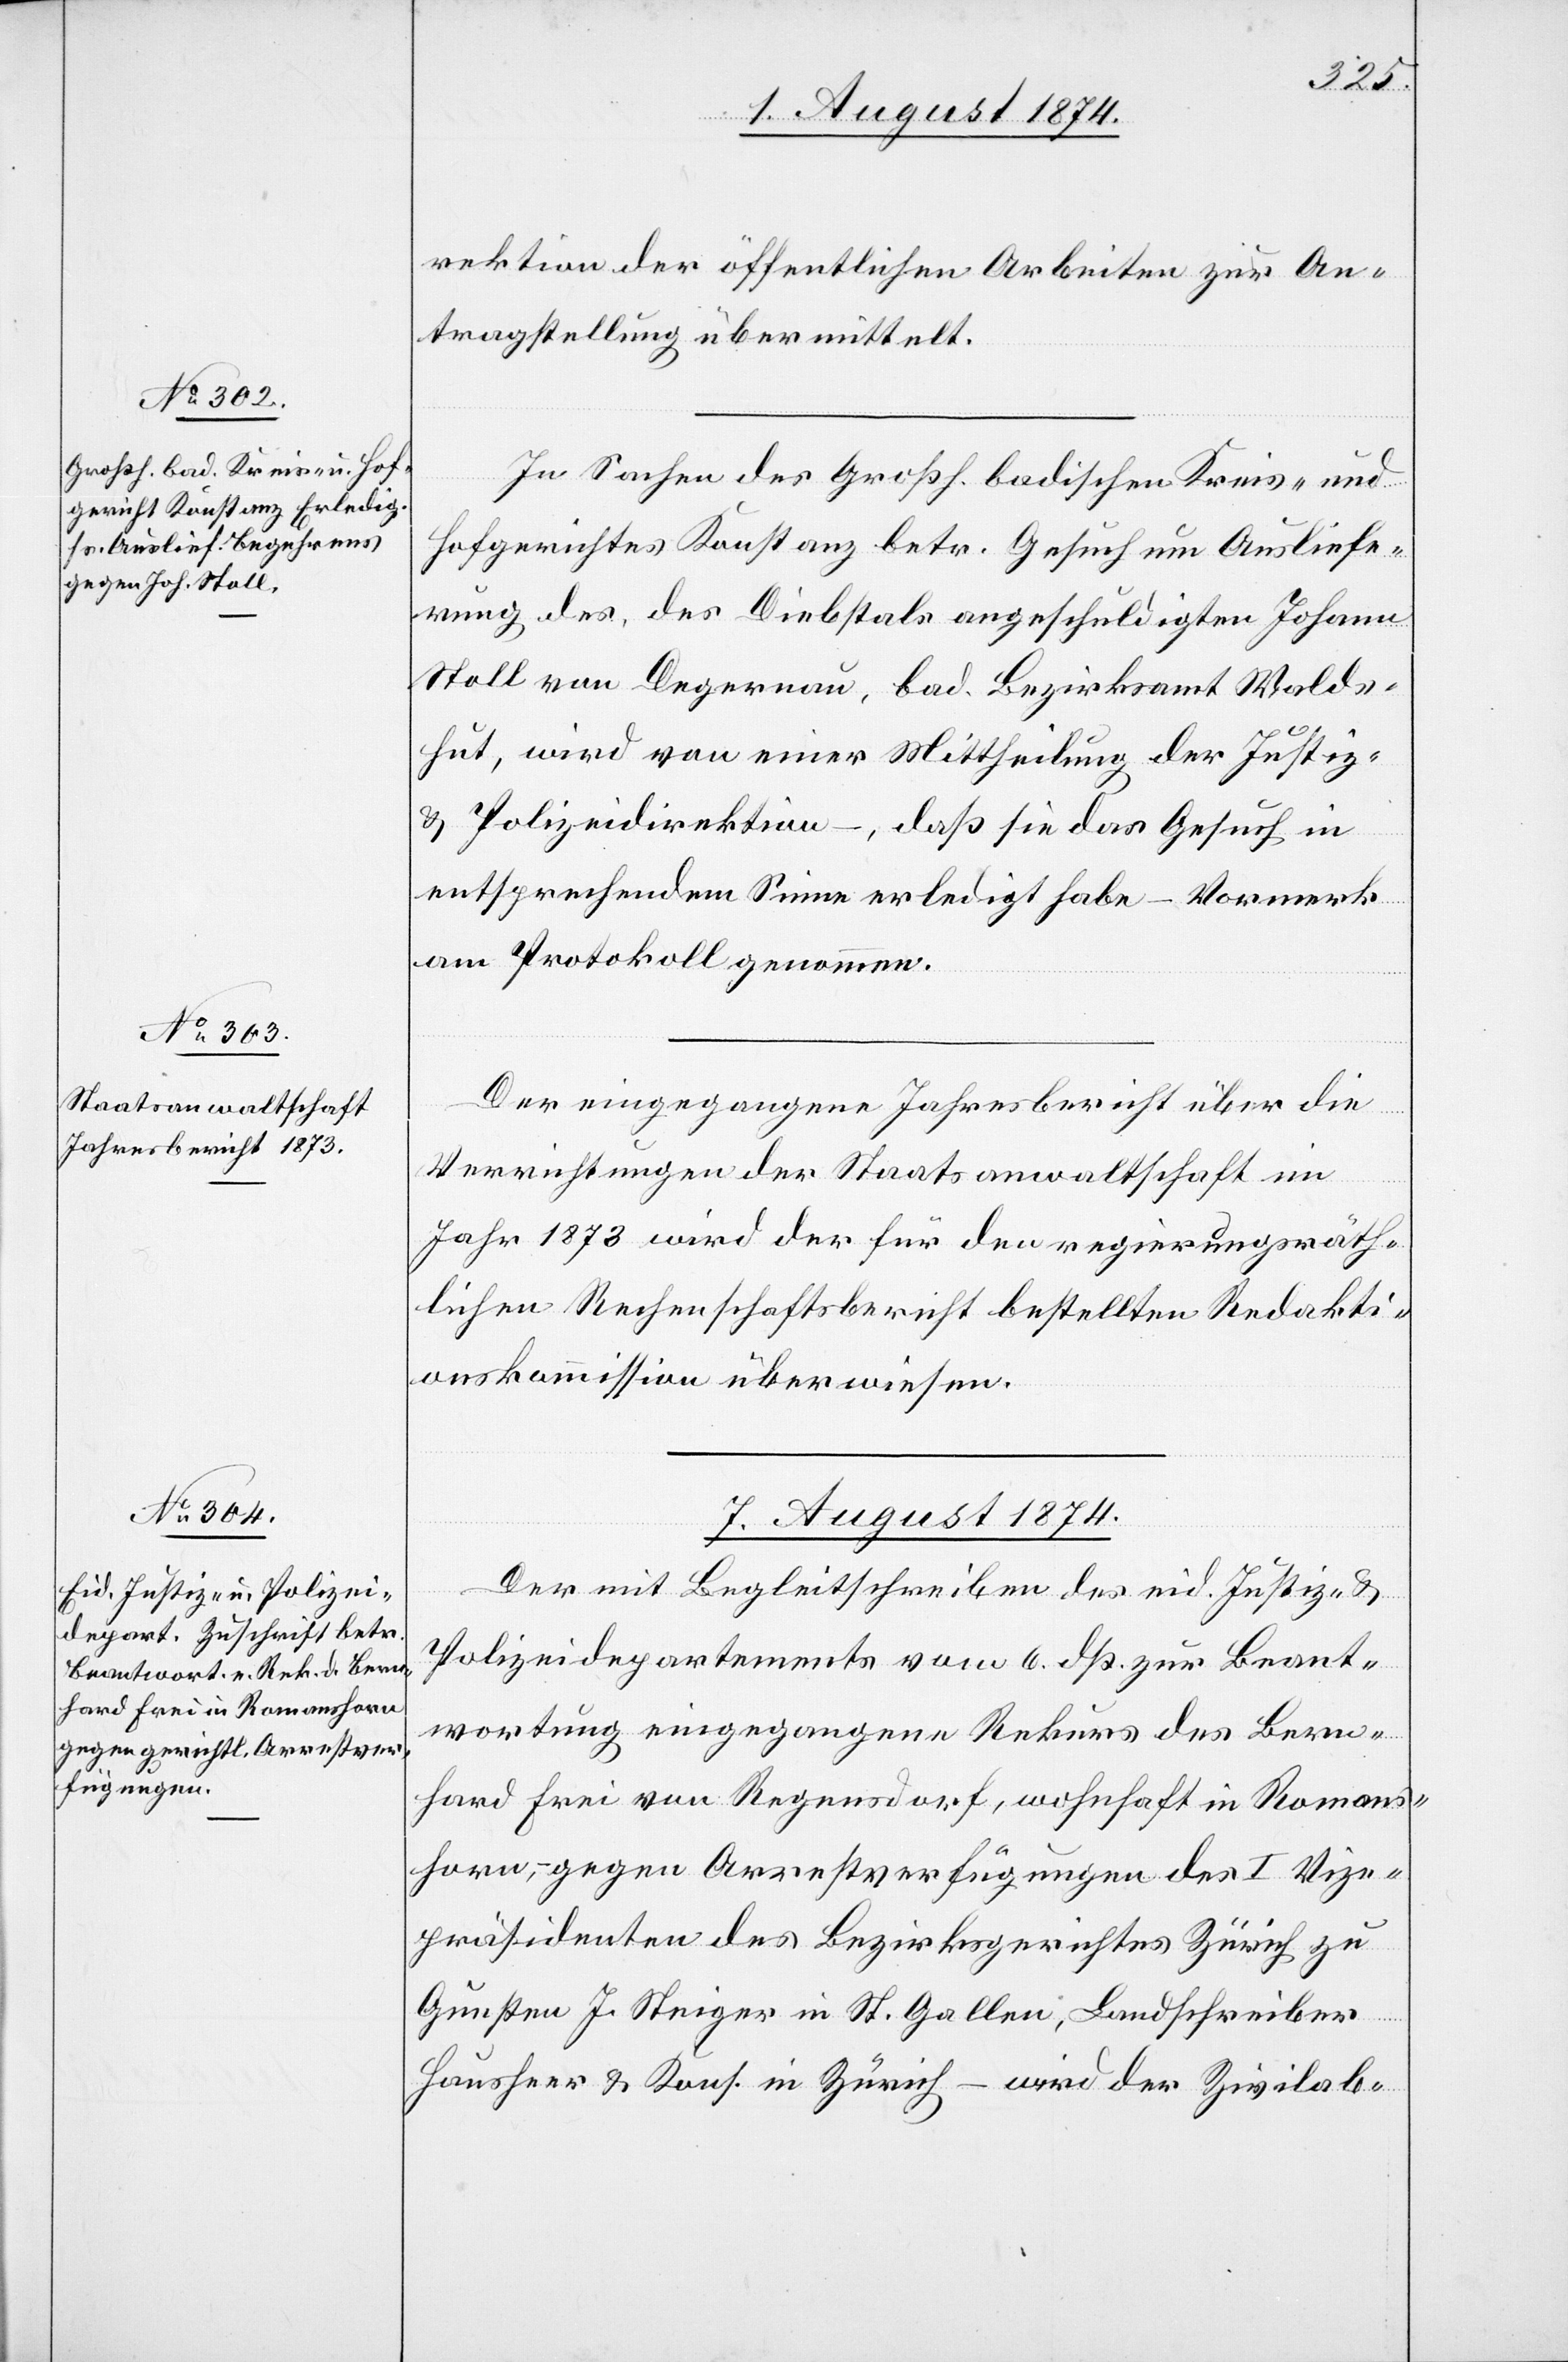
fügungen

rektion der öffentlichen Arbeiten zur An¬
tragstellung zu übermitteln.
In Sachen der Großh. badischen Kreis- und
Hofgerichtes Konstanz betr. Gesuch um Ausliefe¬
rung des, des Diebstals angeschuldigten Johann
Stoll von Degernau, bad. Bezirksamt Walds¬
hut, wird von einer Mittheilung der Justiz-
u Polizeidirektion –, daß sie das Gesuch in
entsprechendem Sinne erledigt habe – Vormerk
am Protokoll genommen.
Der eingegangene Jahresbericht über die
Verrichtungen der Staatsanwaltschaft im
Jahr 1873 wird der für den regierungsräth¬
lichen Rechenschaftsbericht bestellten Redakti¬
onskommission überwiesen.
7. August 1874.
Der mit Begleitschreiben des eid. Justiz- u.
Polizeidepartements vom 6. dß. zur Beant¬
wortung eingegangene Rekurs des Bern¬
hard Frei von Regensdorf, wohnhaft in Romans¬
horn, gegen Arrestverfügungen des I. Vize¬
präsidenten des Bezirksgerichtes Zürich zu
Gunsten J. Steiger in St. Gallen, Landschreiber
ial-Ver¬
Hausheer u. Kons. in Zürich – wird der Zivilab-